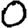
Digit: 0